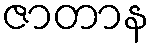
ဇာတာန